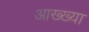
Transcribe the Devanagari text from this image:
आख्‍ख्या